Annual report of the Punjab Veterinary College and of the Civil Veterinary Department, Punjab - 1909-1919
Year: 1909
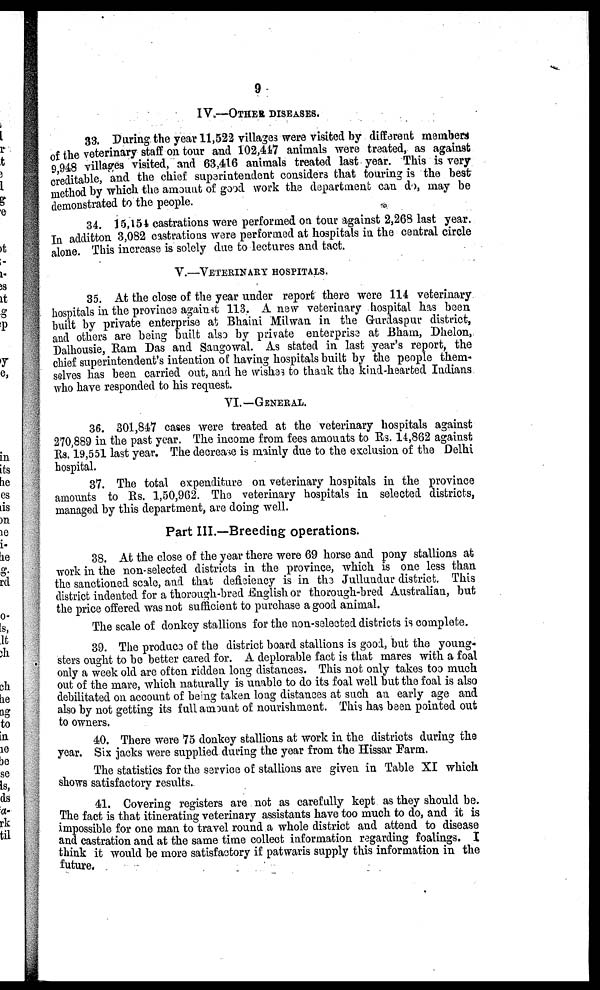
9
IV.—OTHER DISEASE.
33. During the year 11,522 villages were visited by different members
of the veterinary staff on tour and 102,447 animals were treated, as against
9,948 villages visited, and 63,416 animals treated last year. This is very
creditable, and the chief superintendent considers that touring is the best
method by which the amount of good work the department can do, may be
demonstrated to the people.
34. 15,154 castrations were performed on tour against 2,268 last year.
In additton 3,082 castrations were performed at hospitals in the central circle
alone. This increase is solely due to lectures and tact.
V.—VETERINARY HOSPITALS.
35. At the close of the year under report there were 114 veterinary
hospitals in the province against 113. A new veterinary hospital has been
built by private enterprise at Bhaini Milwan in the Gurdaspur district,
and others are being built also by private enterprise at Bham, Dhelon,
Dalhousie, Ram Das and Sangowal. As stated in last year's report, the
chief superintendent's intention of having hospitals built by the people them-
selves has been carried out, and he wishes to thank the kind-hearted Indians
who have responded to his request.
VI.—GENERAL.
36. 301,847 cases were treated at the veterinary hospitals against
270,889 in the past year. The income from fees amounts to Rs. 14,862 against
Rs. 19,551 last year. The decrease is mainly due to the exclusion of the Delhi
hospital.
37. The total expenditure on veterinary hospitals in the province
amounts to Rs. 1,50,962. The veterinary hospitals in selected districts,
managed by this department, are doing well.
Part III.—Breeding operations.
38. At the close of the year there were 69 horse and pony stallions at
work in the non-selected districts in the province, which is one less than
the sanctioned scale, and that deficiency is in the Jullundur district. This
district indented for a thorough-bred English or thorough-bred Australian, but
the price offered was not sufficient to purchase a good animal.
The scale of donkey stallions for the non-selected districts is complete.
39. The produce of the district board stallions is good, but the young-
sters ought to be better cared for. A deplorable fact is that mares with a foal
only a week old are often ridden long distances. This not only takes too much
out of the mare, which naturally is unable to do its foal well but the foal is also
debilitated on account of being taken long distances at such an early age and
also by not getting its full amount of nourishment. This has been pointed out
to owners.
40. There were 75 donkey stallions at work in the districts during the
year. Six jacks were supplied during the year from the Hissar Farm.
The statistics for the service of stallions are given in Table XI which
shows satisfactory results.
41. Covering registers are not as carefully kept as they should be.
The fact is that itinerating veterinary assistants have too much to do, and it is
impossible for one man to travel round a whole district and attend to disease
and castration and at the same time collect information regarding foalings. I
think it would be more satisfactory if patwaris supply this information in the
future.